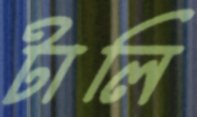
টালি